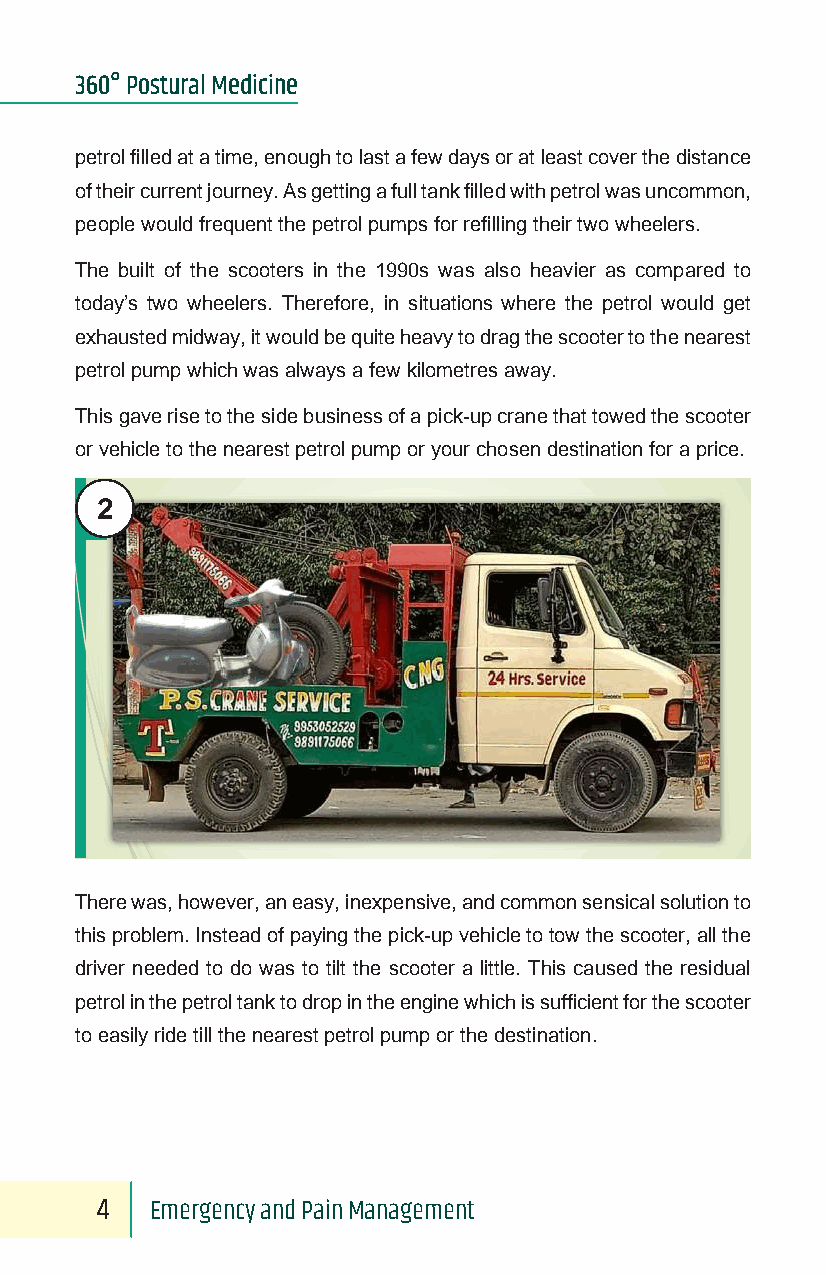
360° Postural Medicine
 petrol filled at a time, enough to last a few days or at least cover the distance
 of their current journey. As getting a full tank filled with petrol was uncommon,
 people would frequent the petrol pumps for refilling their two wheelers.
 The built of the scooters in the 1990s was also heavier as compared to
 today’s two wheelers. Therefore, in situations where the petrol would get
 exhausted midway, it would be quite heavy to drag the scooter to the nearest
 petrol pump which was always a few kilometres away.
 This gave rise to the side business of a pick-up crane that towed the scooter
 or vehicle to the nearest petrol pump or your chosen destination for a price.
 2
 There was, however, an easy, inexpensive, and common sensical solution to
 this problem. Instead of paying the pick-up vehicle to tow the scooter, all the
 driver needed to do was to tilt the scooter a little. This caused the residual
 petrol in the petrol tank to drop in the engine which is sufficient for the scooter
 to easily ride till the nearest petrol pump or the destination.
 4   Emergency and Pain Management